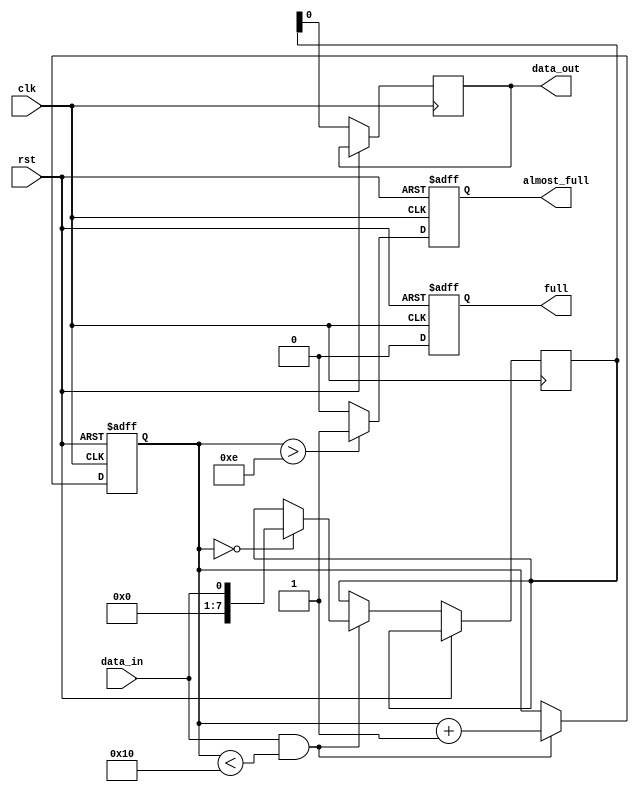
module almost_full_fifo (
    input wire clk,
    input wire rst,
    input wire data_in,
    output reg data_out,
    output reg full,
    output reg almost_full
);

reg [7:0] fifo_buffer [0:15];
reg [3:0] fill_level;

always @(posedge clk or posedge rst) begin
    if (rst) begin
        fill_level <= 0;
        almost_full <= 0;
        full <= 0;
    end else begin
        if (data_in && fill_level < 16) begin
            fifo_buffer[fill_level] <= data_in;
            fill_level <= fill_level + 1;
        end
        
        if (fill_level > 14) begin
            almost_full <= 1;
        end else begin
            almost_full <= 0;
        end
        
        if (fill_level == 16) begin
            full <= 1;
        end else begin
            full <= 0;
        end
        
        data_out <= fifo_buffer[0];
    end
end

endmodule